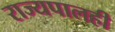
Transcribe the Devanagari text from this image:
राज्यपालही